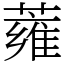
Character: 蕹